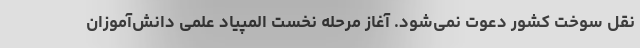
نقل سوخت کشور دعوت نمی‌شود. آغاز مرحله نخست المپیاد علمی دانش‌آموزان